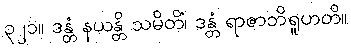
၃၂၁။ ဒန္တံ နယန္တိ သမိတိံ၊ ဒန္တံ ရာဇာဘိရူဟတိ။